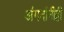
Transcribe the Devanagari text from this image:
अंगदांनीही